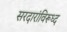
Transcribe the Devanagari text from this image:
सरदारांविरूध्द